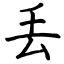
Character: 丢